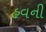
હવની